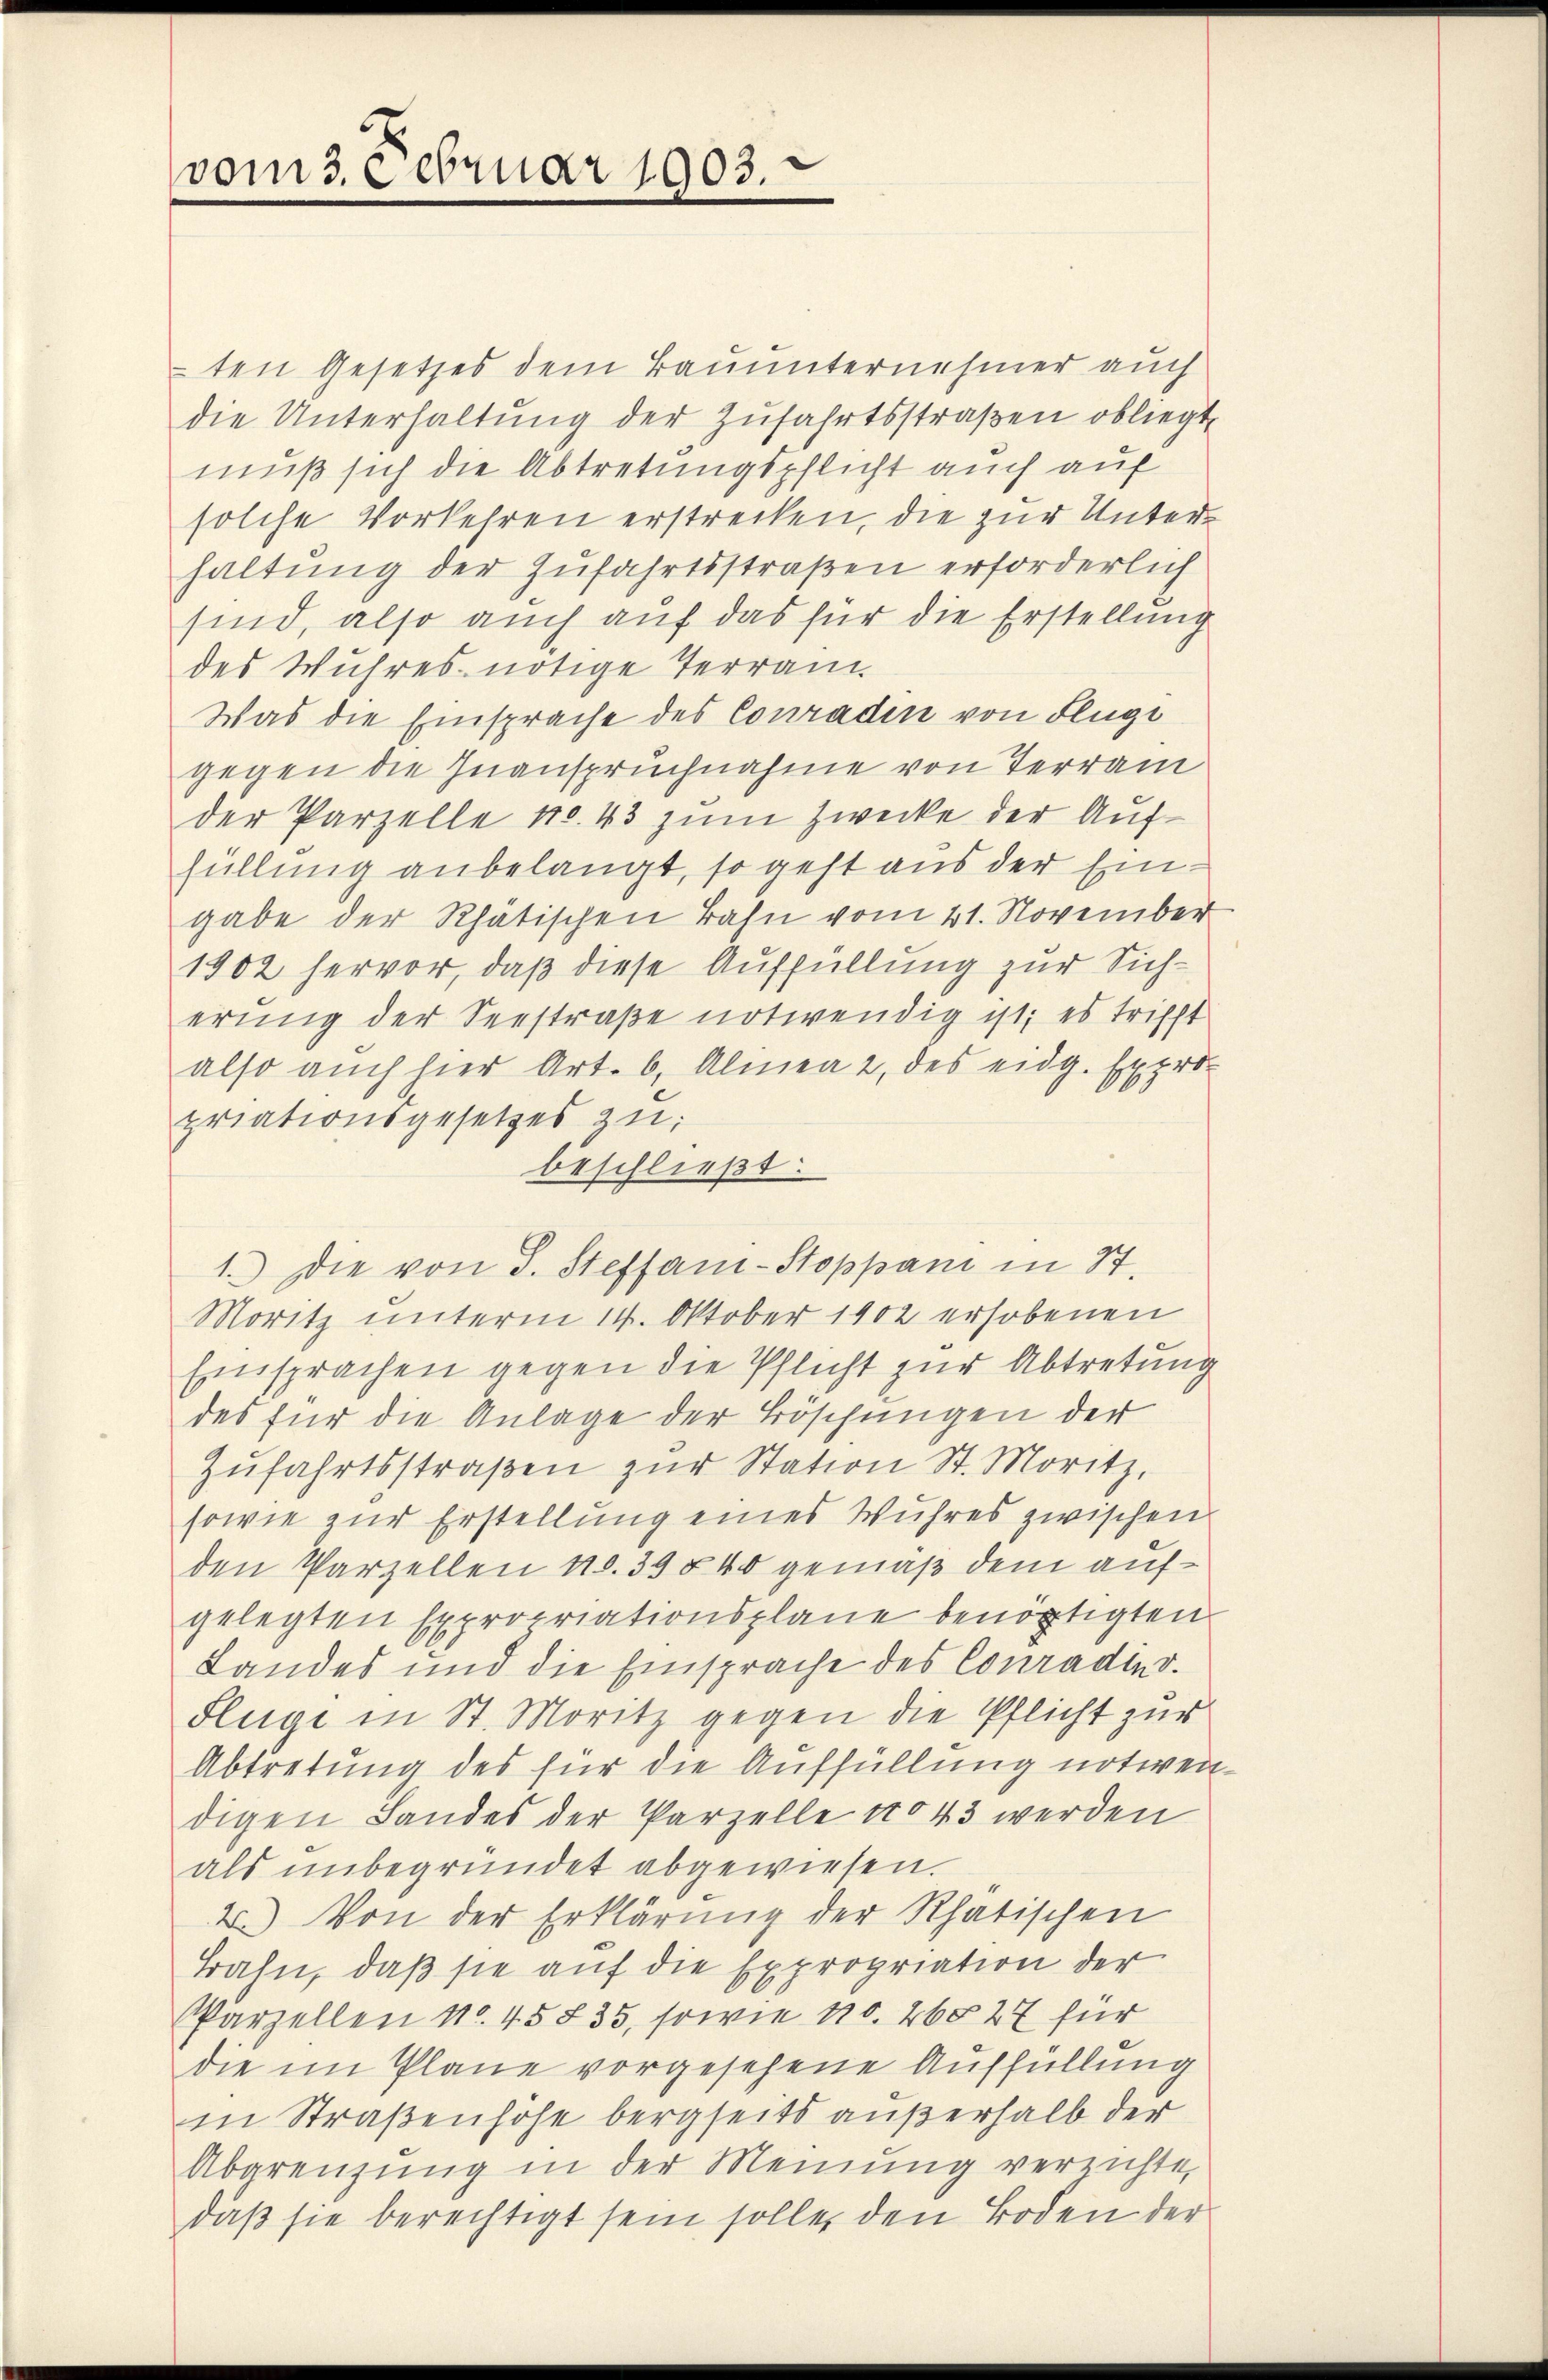
vom3eebruar 1903.

ten Gesetzes dem Bauunternehmer auch
die Unterhaltŭng der Zŭfahrtsstraβen obliegt,
muß sich die Abtretungspflicht auch auf
solche Vorkehren erstrecken, die zur Unterhaltung der Zufahrtsstraßen erforderlich
sind, also auch auf das für die Erstellung
des Wuhres nötige Terrain.
Was die Einsprache des Conradin von Flugi
gegen die Inanspruchnahme von Terrain
der Parzelle No. 43 zum Zwecke der Auf-
füllung anbelangt, so geht aus der Eingabe der Rhätischen Bahn vom 21. November
1902 hervor, daß diese Auffüllung zur Sicherung der Seestraße notwendig ist; es trifft
also auch hier Art. 6, Almea 2 des eidg. Expro-
priationsgesetzes zu
beschließt:
1.) Die von d. Steffan-Stoppani in St.
Moritz unterm 14. Oktober 1902 erhobenen
Einsprachen gegen die Pflicht zur Abtretung
des für die Anlage der Böschungen der
Zŭfahrtsstraβen zŭr Station St. Moritz,
sowie zur Erstellung eines Wuhres zwischen
den Parzellen 10. 395 40 gemäß dem aufgelegten Expropriationsplane benörtigten
Landes und die Einsprache des Conradino.
Flüge in St. Moritz gegen die Pflicht zur
Abtretung des für die Auffüllung notwen-
digen Landes der Parzelle No 43 werden
als unbegründet abgewiesen.
2) Von der Erklärung der Rhatischen
Bahn, daβ sie auf die Expropriation der
Parzellen No. 45835, sowie No. 260 27 für
die im Plane vorgesehene Auffüllung
in Straßenhöhe bergseits außerhalb der
Abgrenzung in der Meinung verrichte,
daß sie berechtigt sein solle, den Boden der